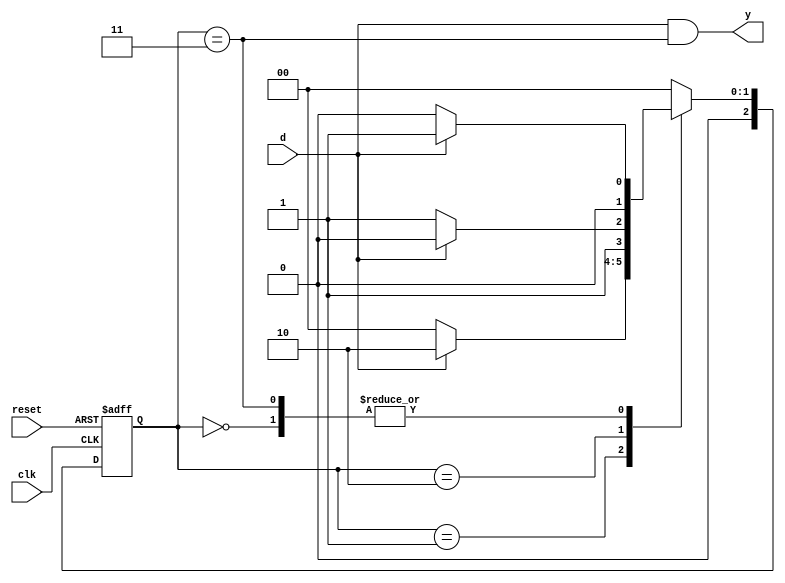
`timescale 1ns/1ps

module snail_mealy_1101( input d,
			 input 	clk,
			 input reset,
			 output y);

   parameter S0 = 3'd0;
   parameter S1 = 3'd1;
   parameter S2 = 3'd2;
   parameter S3 = 3'd3;

   reg [2:0] 			state, nextstate;
   
   //state reg
   always @(posedge clk or posedge reset)
     begin
	if (reset) state <= S0;
	else	   state <= nextstate;
     end

   //next state combitional logic
   always @(*)
     begin
	case (state)
	  S0 :
	    if (d) nextstate = S1;
	    else   nextstate = S0;

	  S1 :
	    if (d) nextstate = S2;
	    else   nextstate = S0;

	  S2 :
	    if (~d) nextstate = S3;
	    else   nextstate = S2;
	  
	  S3 :
	    if (d) nextstate = S1;
	    else   nextstate = S0;

	  default :
		   nextstate = S0;
	endcase // case (state)
     end // always @ (*)

   //output logic
   assign y = (d & state == S3);
endmodule // snail_mealy_1101